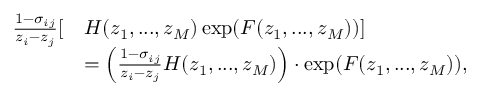
\begin{array} { r l } { \frac { 1 - \sigma _ { i j } } { z _ { i } - z _ { j } } [ } & { H ( z _ { 1 } , . . . , z _ { M } ) \exp ( F ( z _ { 1 } , . . . , z _ { M } ) ) ] } \\ & { = \Big ( \frac { 1 - \sigma _ { i j } } { z _ { i } - z _ { j } } H ( z _ { 1 } , . . . , z _ { M } ) \Big ) \cdot \exp ( F ( z _ { 1 } , . . . , z _ { M } ) ) , } \end{array}